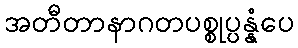
အတီတာနာဂတပစ္စုပ္ပန္နံပေ